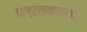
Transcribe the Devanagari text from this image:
प्रस्तावकाचे